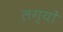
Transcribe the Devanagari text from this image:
लग्यों